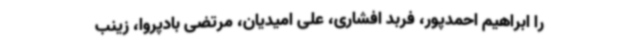
را ابراهیم احمدپور، فربد افشاری، علی امیدیان، مرتضی بادپروا، زینب